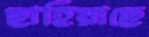
ছাহিয়াছে